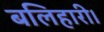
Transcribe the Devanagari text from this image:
बलिहारी।